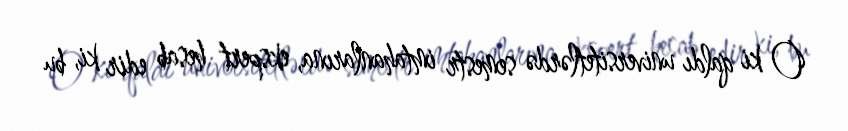
O ki qaldı universitetlərdə semestr imtahanlarına, ekspert hesab edir ki, bu